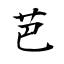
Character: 芭